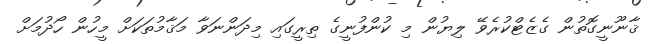
ޤާނޫނީގޮތުން ގެޒެޓްކުރެވޭ ލިޔުން މި ކުންފުނީގެ ތިރީގައި މިދަންނަވާ މަޤާމުތަކަށް މީހުން ހޯދުމަށް